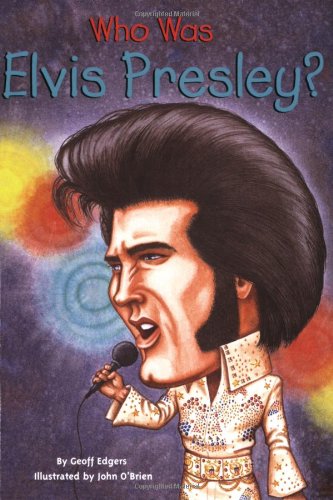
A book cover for Who Was Elvis Presley?; Geoff Edgers; Children's Books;